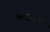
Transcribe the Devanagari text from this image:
मलद्वारा